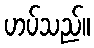
ဟပ်သည်။